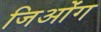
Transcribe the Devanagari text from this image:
जिओंग